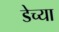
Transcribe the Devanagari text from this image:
डेच्या